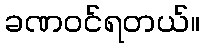
ခဏဝင်ရတယ်။